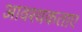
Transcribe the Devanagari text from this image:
आवश्यकताए